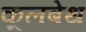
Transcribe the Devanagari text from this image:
कूलबेथ